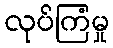
လုပ်ကြံမှု